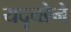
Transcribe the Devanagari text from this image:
यदृच्छेने